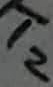
Text: T2